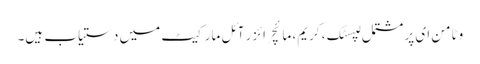
وٹامن ای پر مشتمل لپسٹک ، کریم، مائچر ائزر آئل مارکیٹ میں دستیاب ہیں۔